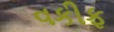
વકીફ